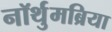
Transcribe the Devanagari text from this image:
नॉर्थुमब्रिया